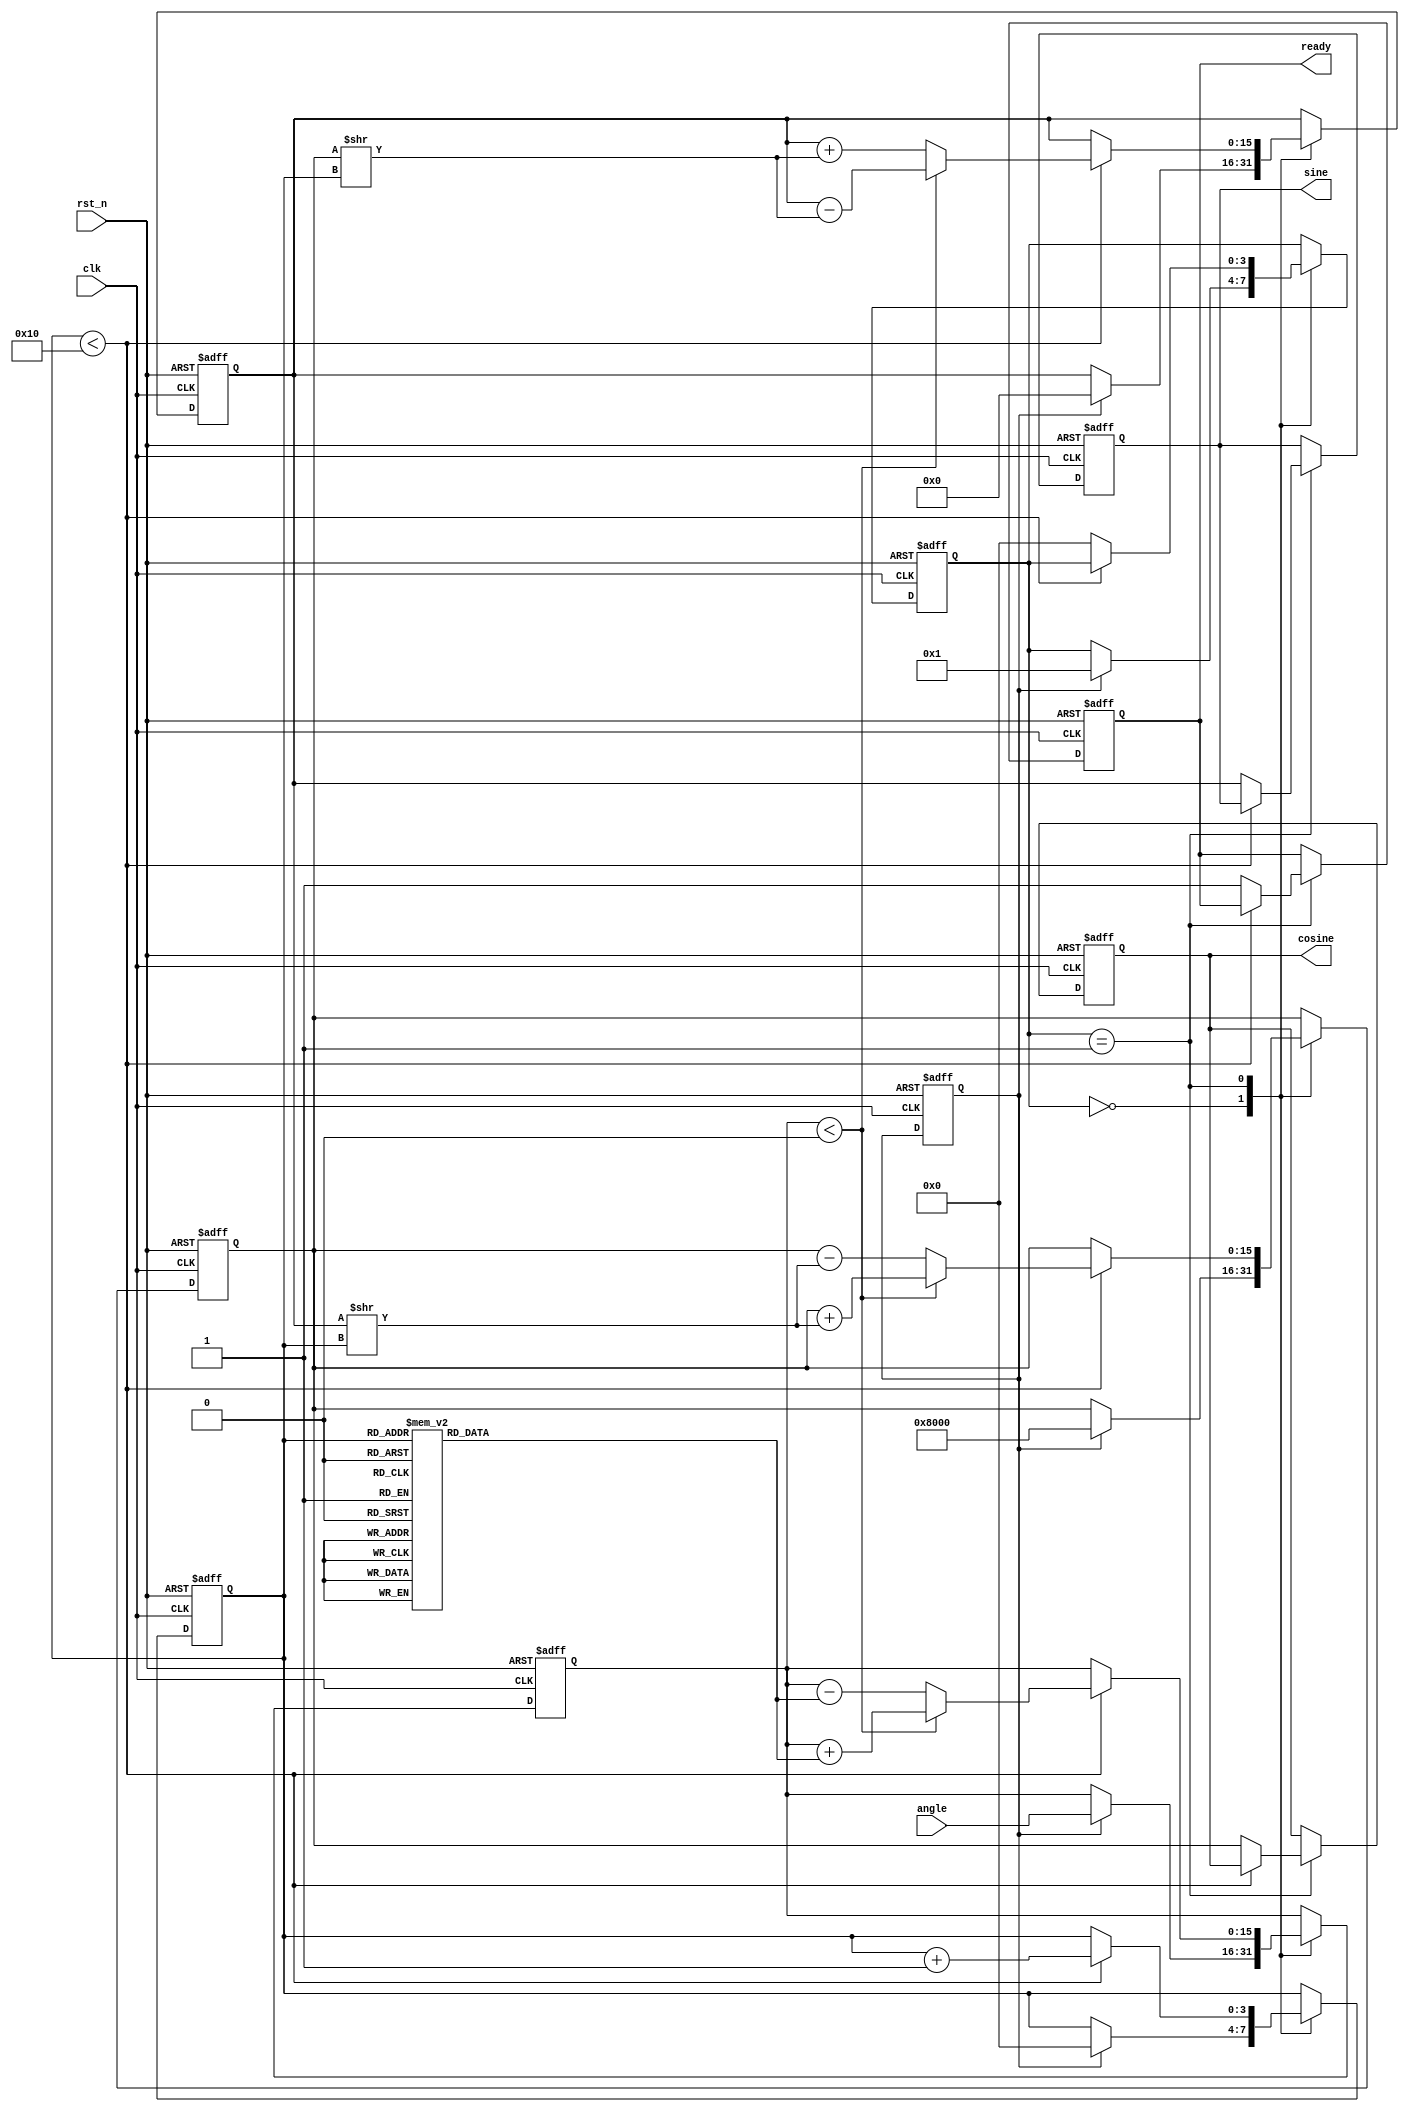
module unified_cordic #(
    parameter WIDTH = 16,         // Bit width for input/output
    parameter ITERATIONS = 16     // Number of iterations for CORDIC
)(
    input wire clk,               // Global clock
    input wire rst_n,             // Asynchronous reset (active low)
    input wire [WIDTH-1:0] angle, // Input angle in fixed point
    output reg [WIDTH-1:0] sine,   // Sine result
    output reg [WIDTH-1:0] cosine,  // Cosine result
    output reg ready              // Indication of computation completion
);

    // Internal signals
    reg [WIDTH-1:0] x, y, z;        // CORDIC variables
    reg [WIDTH-1:0] atan_table [0:ITERATIONS-1]; // Lookup table for atan
    reg [3:0] state;                // State for FSM
    reg [3:0] iteration;            // Iteration counter
    reg start;                      // Start signal for processing

    // Initialization of arctangent values in radians (Fixed-point representation)
    initial begin
        atan_table[0] = 16'h2000; // atan(1)
        atan_table[1] = 16'h1666; // atan(1/3)
        atan_table[2] = 16'h0D57; // atan(1/7)
        // Additional values can be filled as needed...
    end

    // State Machine for CORDIC Processing
    always @(posedge clk or negedge rst_n) begin
        if (!rst_n) begin
            state <= 0;
            iteration <= 0;
            ready <= 0;
            sine <= 0;
            cosine <= 0;
            x <= 16'h0; // Initialize x
            y <= 16'h0; // Initialize y
            z <= 16'h0; // Initialize z
        end else begin
            case (state)
                0: begin // Idle state
                    if (start) begin
                        // Initialize CORDIC variables
                        x <= 16'h1 << (WIDTH-1); // Start with (1, 0)
                        y <= 0;
                        z <= angle;
                        iteration <= 0;
                        state <= 1; // Move to compute state
                    end
                end
                1: begin // Compute CORDIC
                    if (iteration < ITERATIONS) begin
                        if (z < 0) begin
                            // Rotate vector counter-clockwise
                            x <= x + (y >> iteration);
                            y <= y - (x >> iteration);
                            z <= z + atan_table[iteration]; // Update z
                        end else begin
                            // Rotate vector clockwise
                            x <= x - (y >> iteration);
                            y <= y + (x >> iteration);
                            z <= z - atan_table[iteration]; // Update z
                        end
                        iteration <= iteration + 1; // Next iteration
                    end else begin
                        // Store results
                        sine <= y;
                        cosine <= x;
                        ready <= 1; // Indicate completion
                        state <= 0; // Back to idle
                    end
                end
            endcase
        end
    end

    // Control logic to start computation
    always @(posedge clk or negedge rst_n) begin
        if (!rst_n) begin
            start <= 0;
        end else begin
            // Logic to set start signal as needed
            // For example, can be triggered by an external signal
        end
    end

endmodule